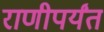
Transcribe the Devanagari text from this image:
राणीपर्यंत